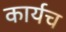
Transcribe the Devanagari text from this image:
कार्यच